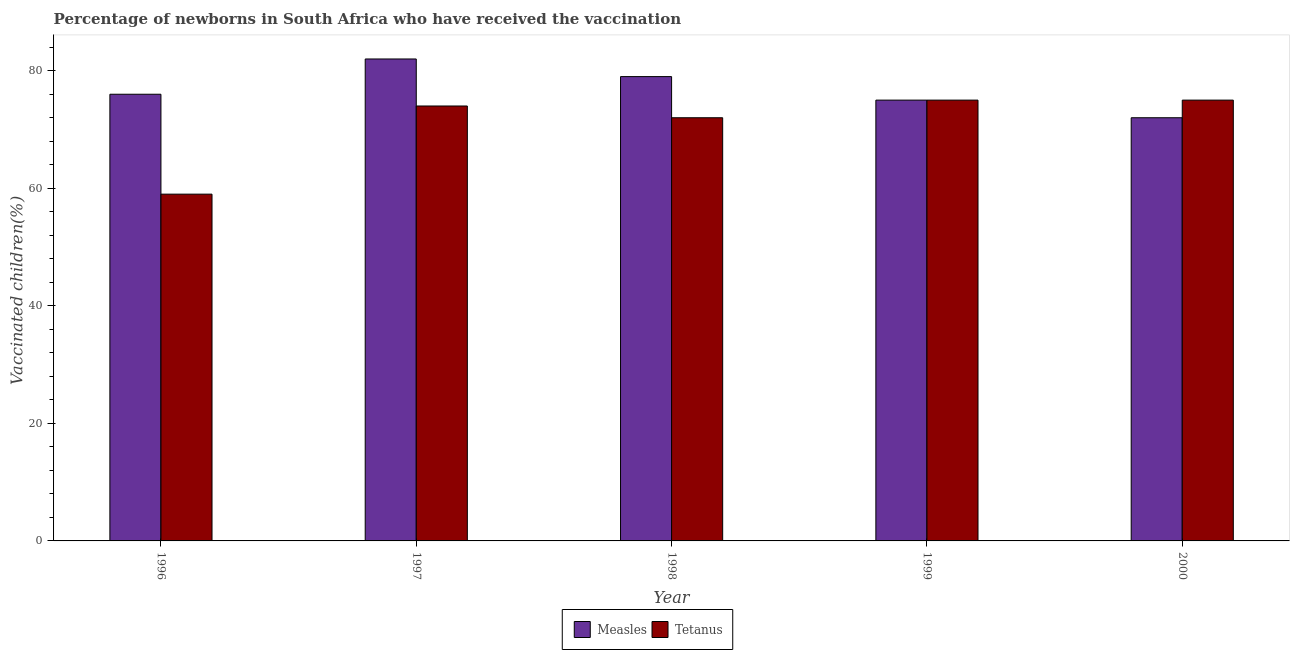
| Year | Measles | Tetanus |
 | --- | --- | --- |
 | 1996 | 76 | 59 |
 | 1997 | 82 | 74 |
 | 1998 | 79 | 72 |
 | 1999 | 75 | 75 |
 | 2000 | 72 | 75 |